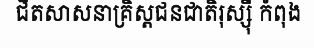
ជិតសាសនាគ្រិស្តជនជាតិរុស្ស៊ី កំពុង